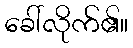
ခေါ်လိုက်၏။